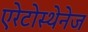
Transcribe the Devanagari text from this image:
एरेटोस्थेनेज